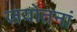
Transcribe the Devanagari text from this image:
जयोतनां